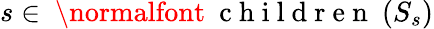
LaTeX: s\in\mathrm{~\normalfont~{~c~h~i~l~d~r~e~n~}~}(S_{s})